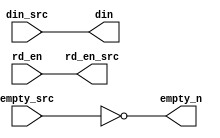
`timescale 1ns / 1ps
//////////////////////////////////////////////////////////////////////////////////
// Company: 
// Engineer: 
// 
// Design Name: 
// Module Name: FIFO_read_conn
// Project Name: 
// Target Devices: 
// Tool Versions: 
// Description: 
// 
// Dependencies: 
// 
// Revision:
// Revision 0.01 - File Created
// Additional Comments:
// 
//////////////////////////////////////////////////////////////////////////////////


module FIFO_read_conn#
(parameter DATA_WIDTH = 32)
(
	input [DATA_WIDTH-1:0] din_src,
	output rd_en_src,
	input empty_src,
	
	output [DATA_WIDTH-1:0] din,
	input rd_en,
	output empty_n
	
	

    );



assign din = din_src;
assign rd_en_src = rd_en;
assign empty_n = ~empty_src;


endmodule